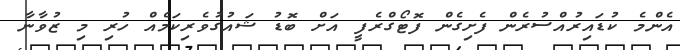
އެންމެ ކުޑައިރުއްސުރެން ފެށިގެން ފޮޓޯގްރެފީ އަށް ބޮޑު ޝައުގުވެރިކަމެއް ހުރި މި ޒުވާނާ